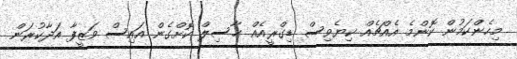
މިހެންކަމުން ކޮންމެ އެއްޗެއް ކިޔެވިސް ޑިގްރީއެއް ޙާސިލް ކޮށްގެން އައިސް ވަޒީފާ އަދާކުރަން